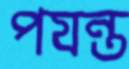
পযন্ত